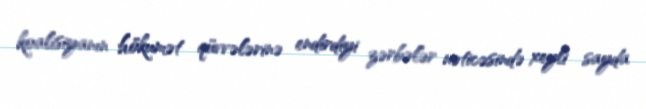
koalisiyanın hökumət qüvvələrinə endirdiyi zərbələr nəticəsində xeyli sayda